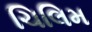
ચિલિમ